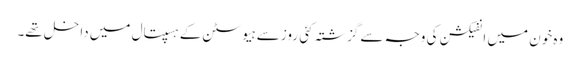
وہ خون میں انفیکشن کی وجہ سے گزشتہ کئی روز سے ہیوسٹن کے ہسپتال میں داخل تھے۔